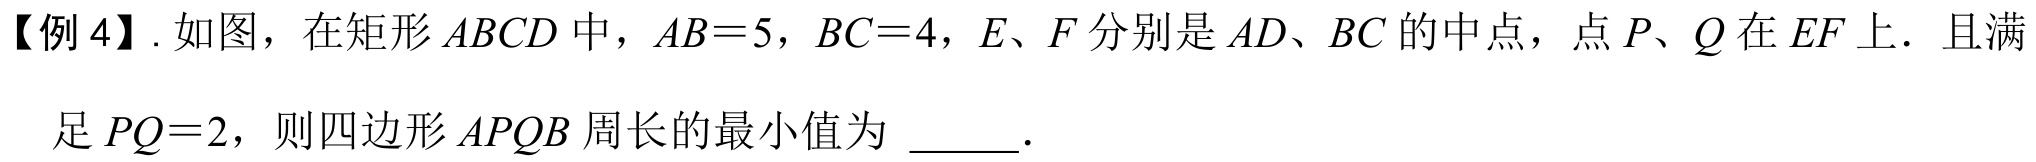
【例4】. 如图，在矩形\(ABCD\)中，\(AB = 5\)，\(BC = 4\)，\(E、F\)分别是\(AD、BC\)的中点，点\(P、Q\)在\(EF\)上．且满足\(PQ = 2\)，则四边形\(APQB\)周长的最小值为 \(\underline{\quad\quad}\).